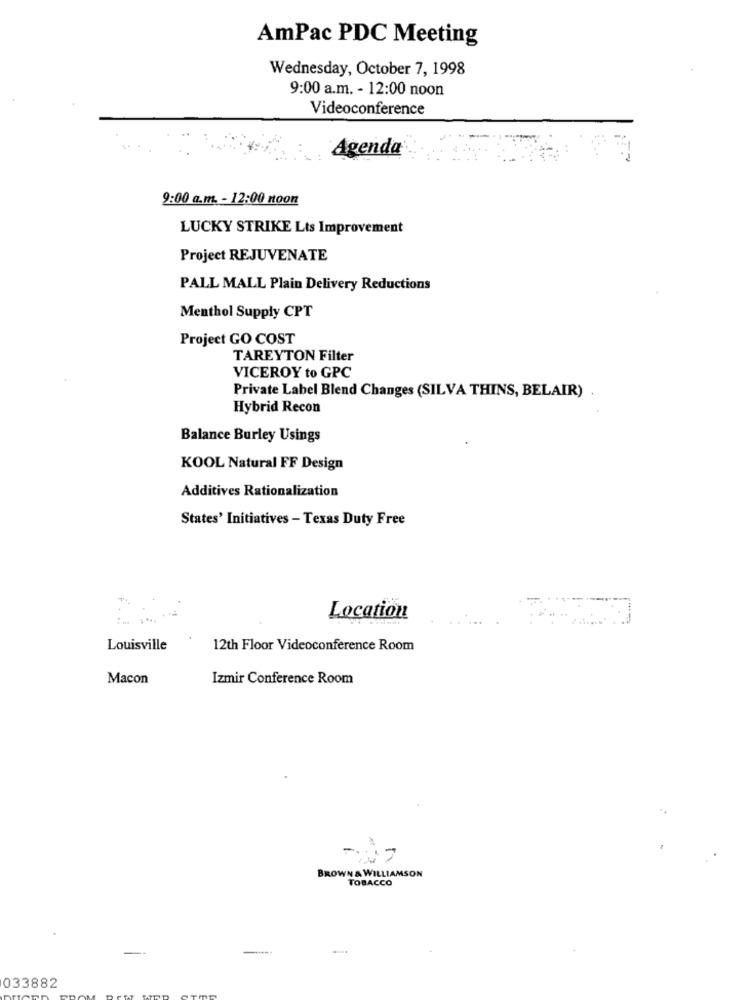
AmPac PDC Meeting
Wednesday, October 7, 1998
9:00 a.m. - 12:00 noon
Videoconference
Agenda
9:00 a.m. - 12:00 noon
LUCKY STRIKE Lts Improvement
Project REJUVENATE
PALL MALL Plain Delivery Reductions
Menthol Supply CPT
Project GO COST
TAREYTON Filter
VICEROY to GPC
Private Label Blend Changes (SILVA THINS, BELAIR)
Hybrid Recon
Balance Burley Usings
KOOL Natural FF Design
Additives Rationalization
States' Initiatives - Texas Duty Free
Location
Louisville
12th Floor Videoconference Room
Macon
Izmir Conference Room
BROWN & WILLIAMSON
TOBACCO
033882